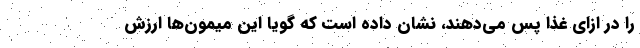
را در ازای غذا پس می‌دهند، نشان داده است که گویا این میمون‌ها ارزش